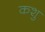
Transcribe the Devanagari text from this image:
कशु